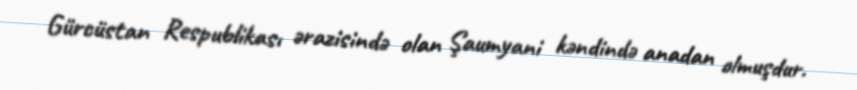
Gürcüstan Respublikası ərazisində olan Şaumyani kəndində anadan olmuşdur.